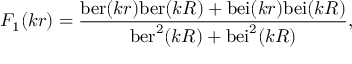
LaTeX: F _ { 1 } ( k r ) = { \frac { \mathrm { b e r } ( k r ) \mathrm { b e r } ( k R ) + \mathrm { b e i } ( k r ) \mathrm { b e i } ( k R ) } { \mathrm { b e r } ^ { 2 } ( k R ) + \mathrm { b e i } ^ { 2 } ( k R ) } } ,